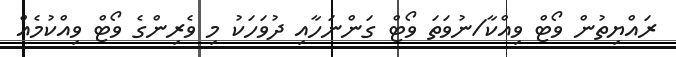
ރައްޔިތުން ވޯޓް ވިއްކާ/ނުވަތަ ވޯޓް ގަންނަހާއި ދުވަހަކު މި ވެރިންގެ ވޯޓް ވިއްކުމެއް